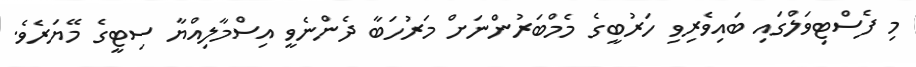
މި ފެސްޓިވަލްގައި ބައިވެރިވި ހަރުބީގެ މެމްބަރުންނަށް މަރުހަބާ ދެންނެވީ އިސްމާލިއްޔާ ސިޓީގެ މޭޔަރެވެ.